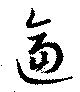
逼